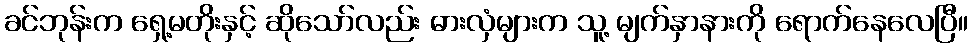
ခင်ဘုန်းက ရှေ့မတိုးနှင့် ဆိုသော်လည်း ဓားလှံများက သူ့ မျက်နှာနားကို ရောက်နေလေပြီ။